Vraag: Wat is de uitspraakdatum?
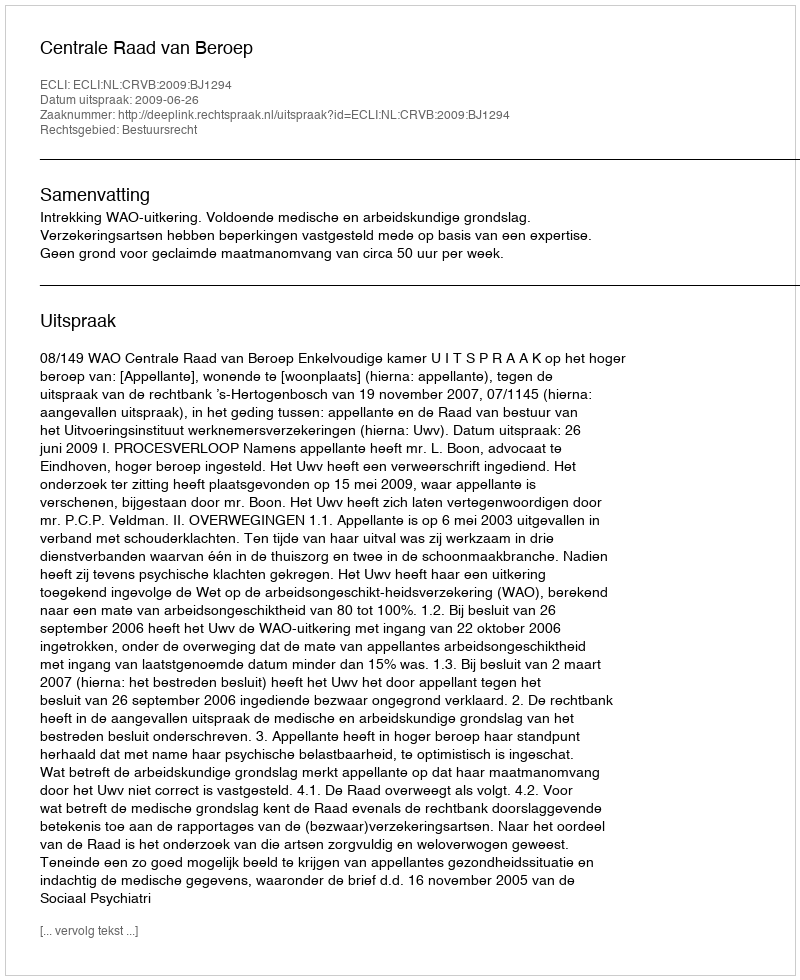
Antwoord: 2009-06-26